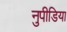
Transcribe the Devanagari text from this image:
नुपीडिया